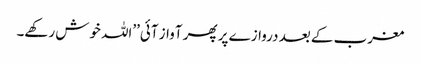
مغرب کے بعد دروازے پر پھر آواز آئی’’اللہ خوش رکھے۔